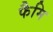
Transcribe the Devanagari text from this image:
फैमि